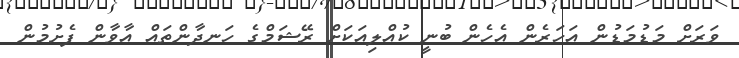
ވަރަށް މަޑުމަޑުން އަހަރެން އެހެން ބުނީ ކުއްލިއަކަށް ރޭޝަމްގެ ހަނދާންތައް އާވާން ފެށުމުން